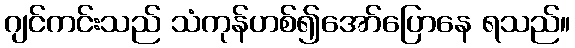
ဂျင်ကင်းသည် သံကုန်ဟစ်၍အော်ပြောနေ ရသည်။